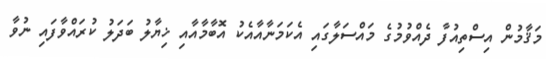
މަޤާމުން އިސްތިއުފާ ދެއްވުމުގެ މައްސަލާގައި އެކަމަނާއާއެކު އޮބާމާއާއި ޚިޔާލު ބަދަލު ކުރައްވާފައި ނުވާ